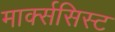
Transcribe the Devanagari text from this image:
मार्क्‍ससिस्‍ट